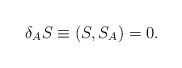
\begin{align*}\delta_A S \equiv (S,S_A) =0.\end{align*}